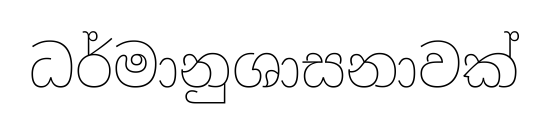
ධර්මානුශාසනාවක්